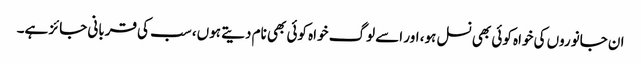
ان جانوروں کی خواہ کوئی بھی نسل ہو، اور اسے لوگ خواہ کوئی بھی نام دیتے ہوں، سب کی قربانی جائز ہے۔